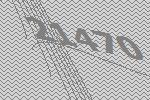
21470